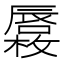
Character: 𱕓